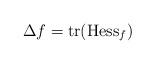
LaTeX: \begin{align*}\Delta f= \mathrm{tr}(\mathrm{Hess}_f) \end{align*}